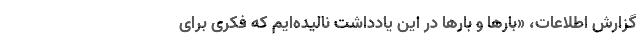
گزارش اطلاعات، «بارها و بارها در این یادداشت نالیده‌ایم که فکری برای